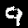
Label: 9